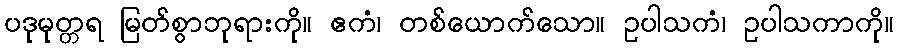
ပဒုမုတ္တရ မြတ်စွာဘုရားကို။ ဧကံ၊ တစ်ယောက်သော။ ဥပါသကံ၊ ဥပါသကာကို။